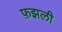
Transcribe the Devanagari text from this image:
फ़झली